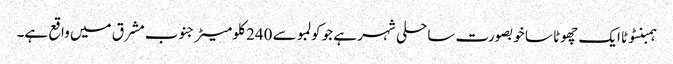
ہمبنٹوٹا ایک چھوٹا سا خوبصورت ساحلی شہر ہے جو کولمبو سے 240 کلو میٹر جنوب مشرق میں واقع ہے۔